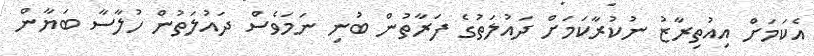
އެކަމަށް އިއުތިރާޒު ނުކުރާކަމަށް ދައުލަތުގެ ފަރާތުން ބުނި ނަމަވެސް ދައުލަތުން ހުލާސާ ބަޔާން